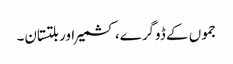
جموں کے ڈوگرے، کشمیر اور بلتستان۔